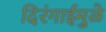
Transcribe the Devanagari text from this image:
दिरंगाईमुळे